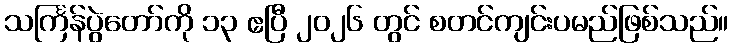
သင်္ကြန်ပွဲတော်ကို ၁၃ ဧပြီ ၂၀၂၆ တွင် စတင်ကျင်းပမည်ဖြစ်သည်။